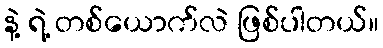
နဲ့ ရဲ့ တစ်ယောက်လဲ ဖြစ်ပါတယ်။